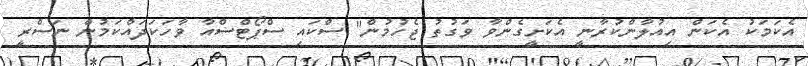
އެކަމަކު އެކަން އިއުލާންކުރާނީ އެކަށީގެންވާ ވަގުތު ޖެހުމުން" ސްކައި ސްޕޯޓްސްއާ ވާހަކަދައްކަމުން ނަސްރީ